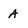
Character: A